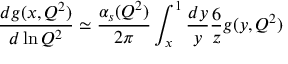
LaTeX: \frac { d g ( x , Q ^ { 2 } ) } { d \ln Q ^ { 2 } } \simeq \frac { \alpha _ { s } ( Q ^ { 2 } ) } { 2 \pi } \int _ { x } ^ { 1 } \frac { d y } { y } \frac { 6 } { z } g ( y , Q ^ { 2 } )